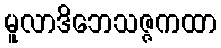
မူလာဒိဘေသဇ္ဇကထာ